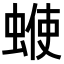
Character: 𧍇